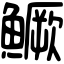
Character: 鱖